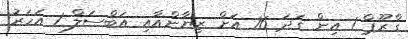
ގްރޫޕް 1 އިން ގަދަ 16 އަށް ޒިޔާންއާއި އަބްސަލް 1 އަހަރު